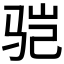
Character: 𩧱